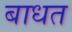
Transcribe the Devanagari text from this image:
बाधत